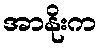
အာနိုးက